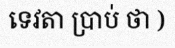
ទេវតា ប្រាប់ ថា )